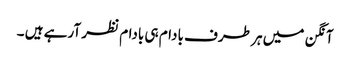
آنگن میں ہر طرف بادام ہی بادام نظر آرہے ہیں ۔